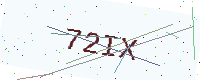
Text: 72IX